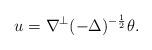
LaTeX: \begin{align*}u=\nabla^\perp (-\Delta)^{-\frac{1}{2}}\theta. \end{align*}